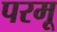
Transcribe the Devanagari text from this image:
परमू